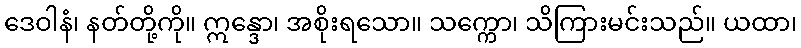
ဒေဝါနံ၊ နတ်တို့ကို။ ဣန္ဒော၊ အစိုးရသော။ သက္ကော၊ သိကြားမင်းသည်။ ယထာ၊